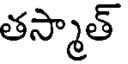
తస్మాత్